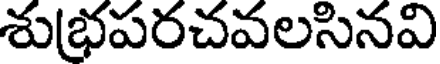
శుభ్రపరచవలసినవి